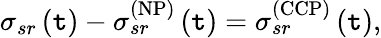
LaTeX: \sigma_{sr}\left(\mathtt{t}\right)-\sigma_{sr}^{\left(\mathrm{{NP}}\right)}\left(\mathtt{t}\right)=\sigma_{sr}^{\left(\mathrm{{CCP}}\right)}\left(\mathtt{t}\right),